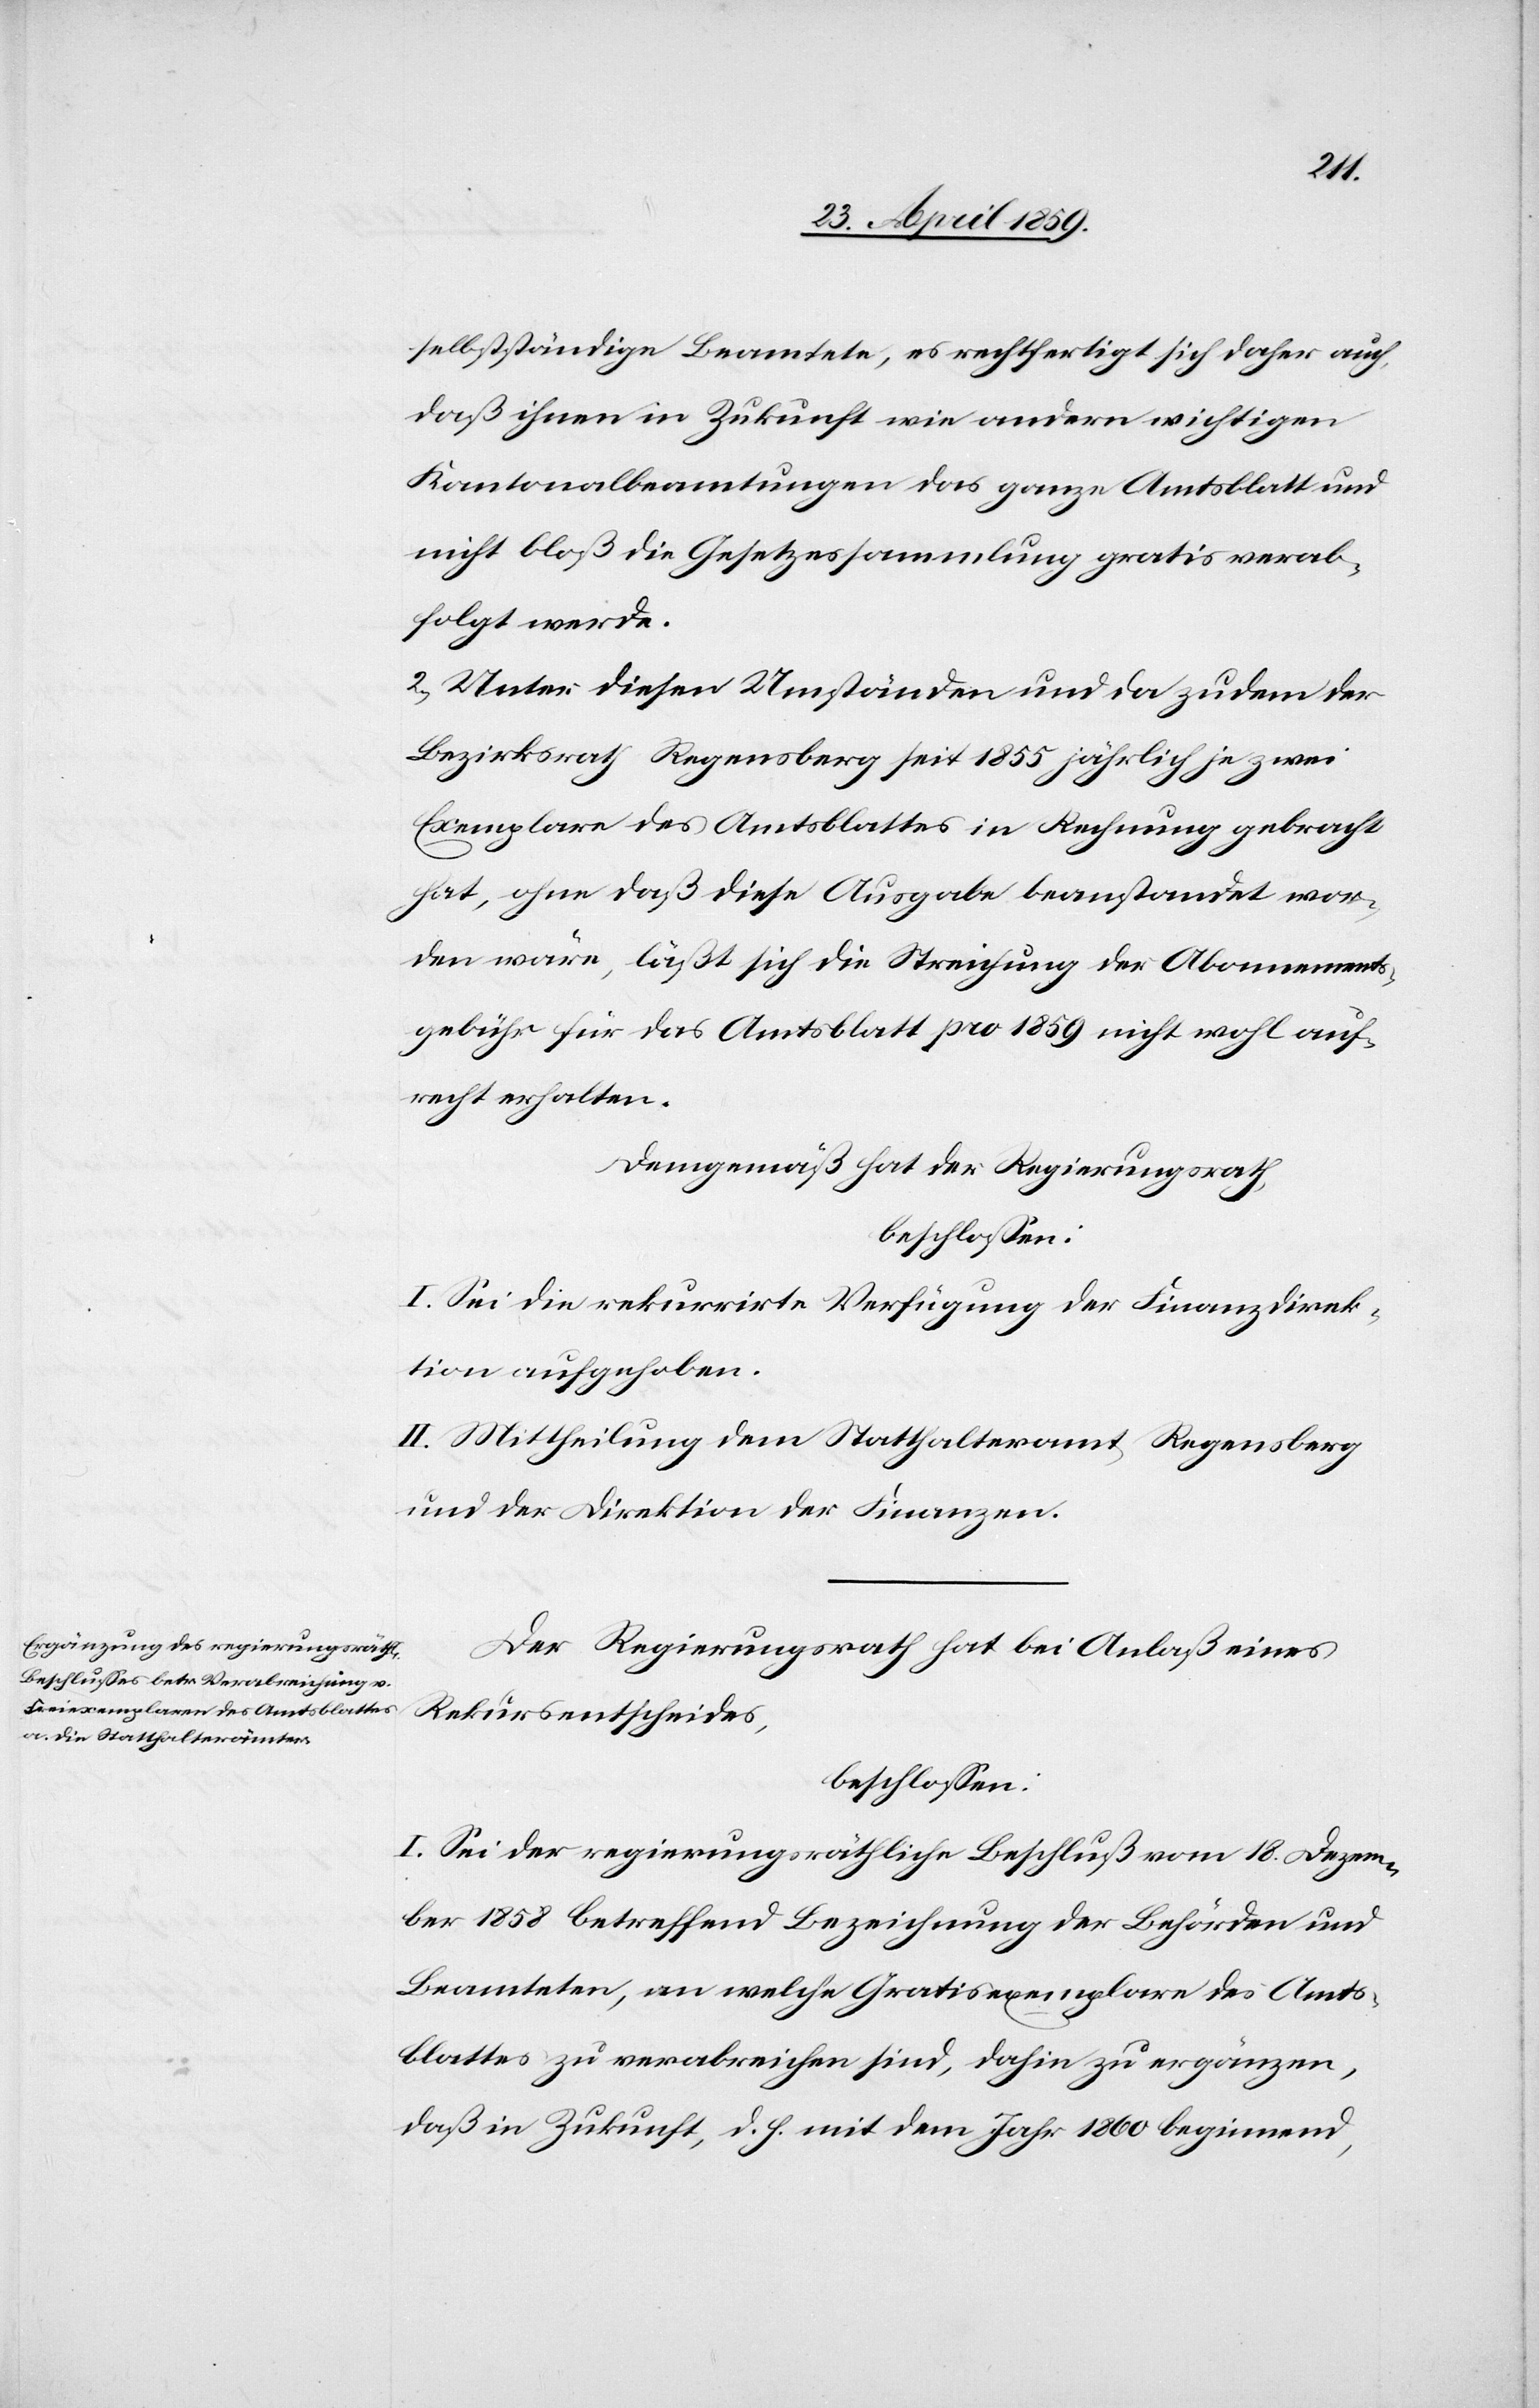
selbstständige Beamtete, es rechtfertigt sich daher auch,
daß ihnen in Zukunft wie andern wichtigen
Kantonalbeamtungen das ganze Amtsblatt und
nicht bloß die Gesetzessammlung gratis verab¬
folgt werde.
2) Unter diesen Umständen und da zudem der
Bezirksrath Regensberg seit 1855 jährlich je zwei
Exemplare des Amtsblattes in Rechnung gebracht
hat, ohne daß diese Ausgabe beanstandet wor¬
den wäre, läßt sich die Streichung der Abonnements¬
gebühr für das Amtsblatt pro 1859 nicht wohl auf¬
recht erhalten.
Demgemäß hat der Regierungsrath,
beschloßen:
I. Sei die rekurrirte Verfügung der Finanzdirek¬
tion aufgehoben.
II. Mittheilung dem Statthalteramt Regensberg
und der Direktion der Finanzen.
Der Regierungsrath hat bei Anlaß eines
Rekursentscheides,
beschloßen:
I. Sei der regierungsräthliche Beschluß vom 18. Dezem¬
ber 1858 betreffend Bezeichnung der Behörden und
Beamteten, an welche Gratisexemplare des Amts¬
blattes zu verabreichen sind, dahin zu ergänzen,
daß in Zukunft, d. h. mit dem Jahr 1860 beginnend,